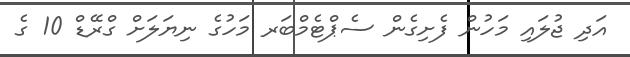
އަދި ޖުލައި މަހުން ފެށިގެން ސެޕްޓެމްބަރ މަހުގެ ނިޔަލަށް ގްރޭޑް 10 ގެ